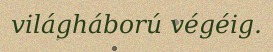
világháború végéig.